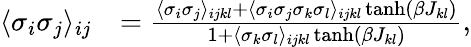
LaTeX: \begin{array}{rl}{\langle\sigma_{i}\sigma_{j}\rangle_{ij}}&{=\frac{\langle\sigma_{i}\sigma_{j}\rangle_{ijkl}+\langle\sigma_{i}\sigma_{j}\sigma_{k}\sigma_{l}\rangle_{ijkl}\operatorname{tanh}(\beta J_{kl})}{1+\langle\sigma_{k}\sigma_{l}\rangle_{ijkl}\operatorname{tanh}(\beta J_{kl})},}\end{array}